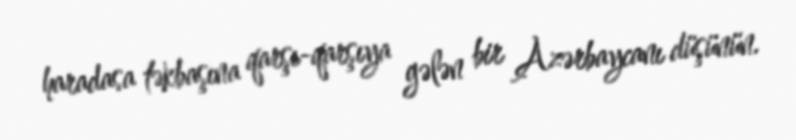
haradasa təkbaşına qarşı-qarşıya gələn bir Azərbaycanı düşünün.